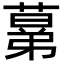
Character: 𦸫